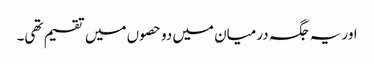
اور یہ جگہ درمیان میں دو حصوں میں تقسیم تھی۔